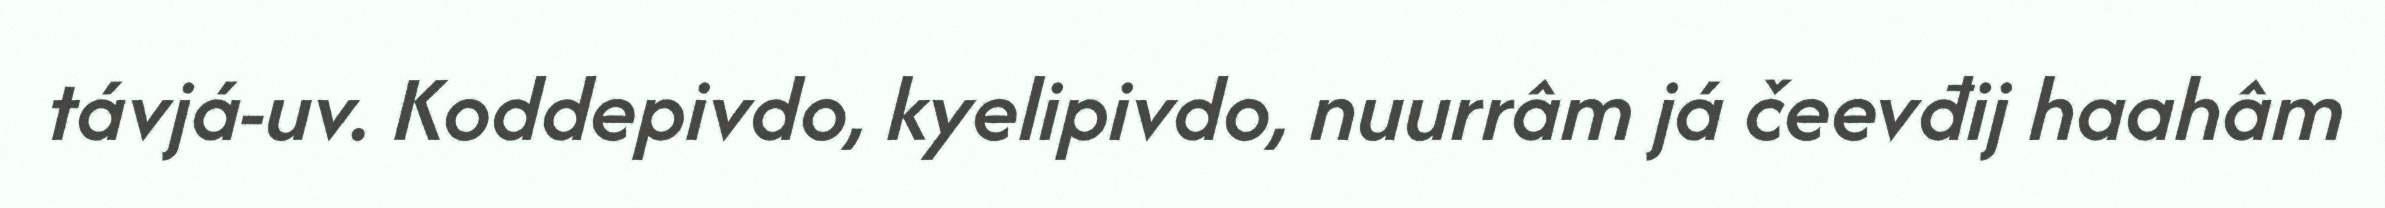
távjá-uv. Koddepivdo, kyelipivdo, nuurrâm já čeevđij haahâm